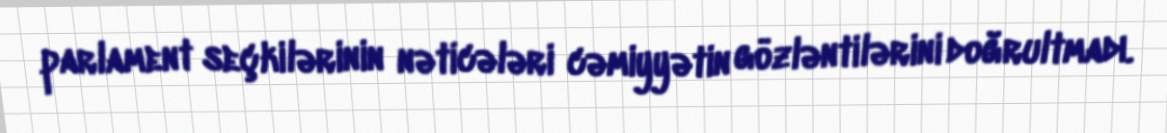
parlament seçkilərinin nəticələri cəmiyyətin gözləntilərini doğrultmadı.